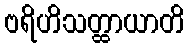
ဗရိဟိသတ္ထာယာတိ